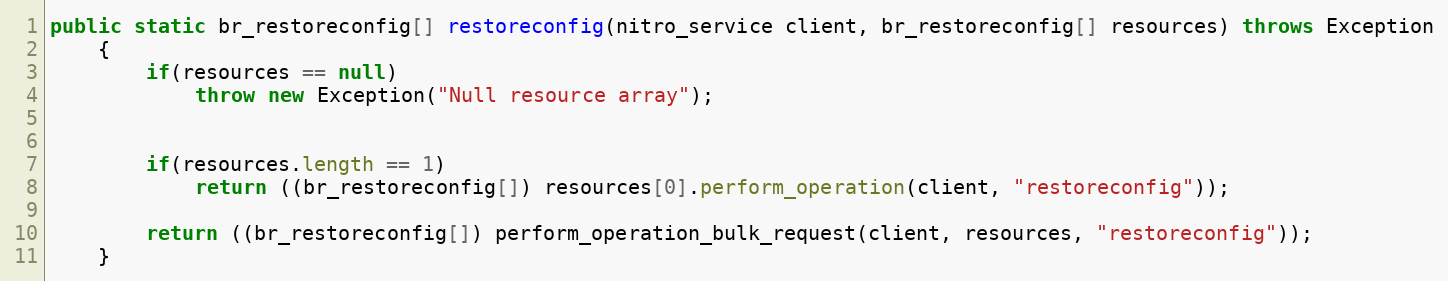
Language: Java
public static br_restoreconfig[] restoreconfig(nitro_service client, br_restoreconfig[] resources) throws Exception
	{
		if(resources == null)
			throw new Exception("Null resource array");

		if(resources.length == 1)
			return ((br_restoreconfig[]) resources[0].perform_operation(client, "restoreconfig"));

		return ((br_restoreconfig[]) perform_operation_bulk_request(client, resources, "restoreconfig"));
	}